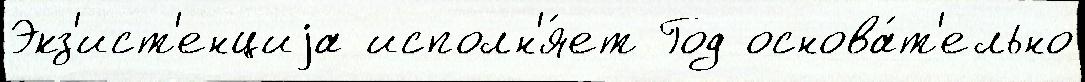
Экз'ист'енциjа исполн'я́ет Год основа́т'ельно